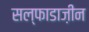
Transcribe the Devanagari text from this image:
सल्फाडाज़ीन